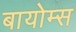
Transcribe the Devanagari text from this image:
बायोम्स